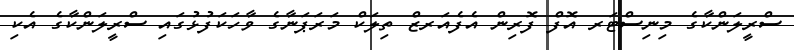
ސްރީލަންކާގެ މިނިސްޓަރ އޮފް ފޮރިން އެފެއަރޒް ތިލަކް މަރަޕަނާގެ ވާހަކަފުޅުގައި ސްރީލަންކާގެ އެކި